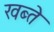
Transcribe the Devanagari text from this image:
खब्ते